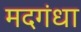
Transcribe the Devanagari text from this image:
मदगंधा